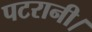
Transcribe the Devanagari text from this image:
पटरानी।